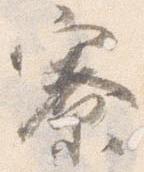
寮